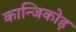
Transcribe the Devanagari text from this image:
कान्जिकोड़